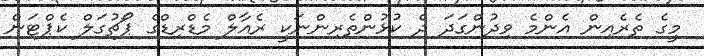
މީގެ ތެރެއިން އެންމެ ވިދުންގަދަ ދެ ކުޅުންތެރިންނަކީ ރެއާލް މެޑްރިޑްގެ ޕޯޗުގަލް ކެޕްޓަން